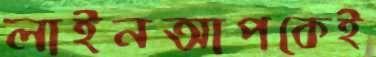
লাইনআপকেই